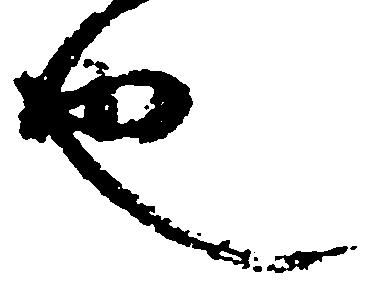
也